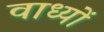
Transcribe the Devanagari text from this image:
वाध्यों